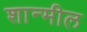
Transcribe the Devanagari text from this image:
शान्मील